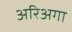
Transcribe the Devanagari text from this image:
अरिअगा